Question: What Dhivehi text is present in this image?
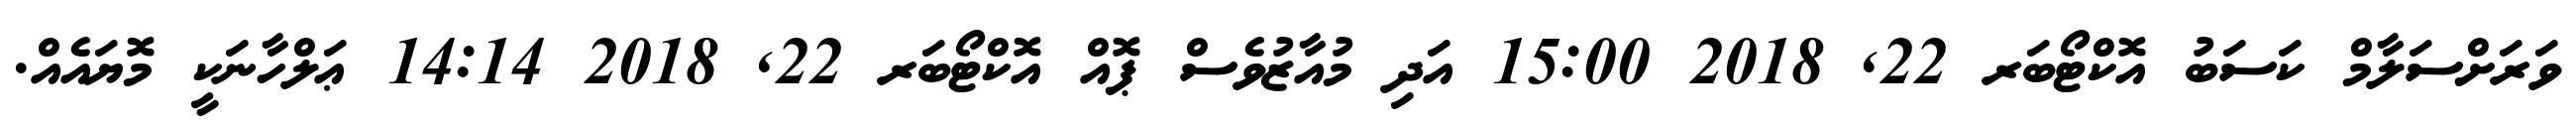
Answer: ވަރަށްސަލާމް ކަސަބު އޮކްޓޯބަރ 22, 2018 15:00 އަދި މުއާޒުވެސް ޕޮއް އޮކްޓޯބަރ 22, 2018 14:14 ޢަލްހާނަކީ މޮޔައެއް.